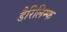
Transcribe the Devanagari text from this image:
डैरिलिम्फ